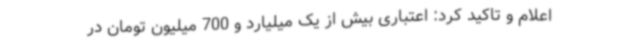
اعلام و تاکید کرد: اعتباری بیش از یک میلیارد و 700 میلیون تومان در